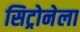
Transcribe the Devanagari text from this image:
सिट्रोनेला